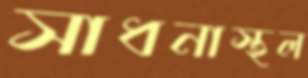
সাধনাস্থল